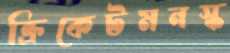
ক্রিকেটমনস্ক